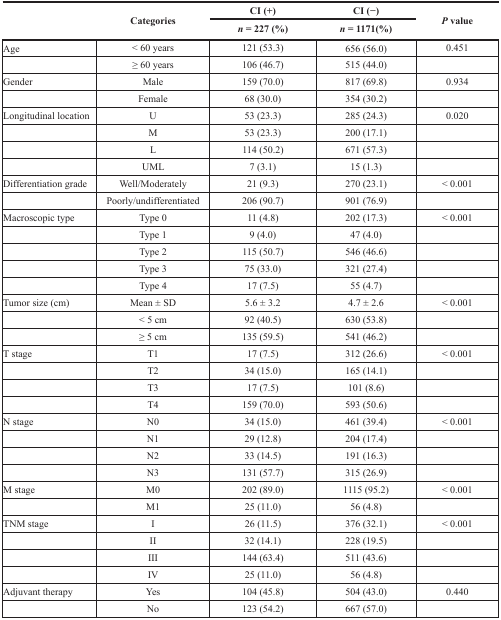
<table><thead><tr><td rowspan="2"></td><td rowspan="2"><b>Categories</b></td><td><b>CI (+)</b></td><td><b>CI (−)</b></td><td rowspan="2"><b><i>P</i> value</b></td></tr><tr><td><b><i>n</i> = 227 (%)</b></td><td><b><i>n</i> = 1171(%)</b></td></tr></thead><tbody><tr><td>Age</td><td>&lt; 60 years</td><td>121 (53.3)</td><td>656 (56.0)</td><td>0.451</td></tr><tr><td></td><td>≥ 60 years</td><td>106 (46.7)</td><td>515 (44.0)</td><td></td></tr><tr><td>Gender</td><td>Male</td><td>159 (70.0)</td><td>817 (69.8)</td><td>0.934</td></tr><tr><td></td><td>Female</td><td>68 (30.0)</td><td>354 (30.2)</td><td></td></tr><tr><td>Longitudinal location</td><td>U</td><td>53 (23.3)</td><td>285 (24.3)</td><td>0.020</td></tr><tr><td></td><td>M</td><td>53 (23.3)</td><td>200 (17.1)</td><td></td></tr><tr><td></td><td>L</td><td>114 (50.2)</td><td>671 (57.3)</td><td></td></tr><tr><td></td><td>UML</td><td>7 (3.1)</td><td>15 (1.3)</td><td></td></tr><tr><td>Differentiation grade</td><td>Well/Moderately</td><td>21 (9.3)</td><td>270 (23.1)</td><td>&lt; 0.001</td></tr><tr><td></td><td>Poorly/undifferentiated</td><td>206 (90.7)</td><td>901 (76.9)</td><td></td></tr><tr><td>Macroscopic type</td><td>Type 0</td><td>11 (4.8)</td><td>202 (17.3)</td><td>&lt; 0.001</td></tr><tr><td></td><td>Type 1</td><td>9 (4.0)</td><td>47 (4.0)</td><td></td></tr><tr><td></td><td>Type 2</td><td>115 (50.7)</td><td>546 (46.6)</td><td></td></tr><tr><td></td><td>Type 3</td><td>75 (33.0)</td><td>321 (27.4)</td><td></td></tr><tr><td></td><td>Type 4</td><td>17 (7.5)</td><td>55 (4.7)</td><td></td></tr><tr><td>Tumor size (cm)</td><td>Mean ± SD</td><td>5.6 ± 3.2</td><td>4.7 ± 2.6</td><td>&lt; 0.001</td></tr><tr><td></td><td>&lt; 5 cm</td><td>92 (40.5)</td><td>630 (53.8)</td><td></td></tr><tr><td></td><td>≥ 5 cm</td><td>135 (59.5)</td><td>541 (46.2)</td><td></td></tr><tr><td>T stage</td><td>T1</td><td>17 (7.5)</td><td>312 (26.6)</td><td>&lt; 0.001</td></tr><tr><td></td><td>T2</td><td>34 (15.0)</td><td>165 (14.1)</td><td></td></tr><tr><td></td><td>T3</td><td>17 (7.5)</td><td>101 (8.6)</td><td></td></tr><tr><td></td><td>T4</td><td>159 (70.0)</td><td>593 (50.6)</td><td></td></tr><tr><td>N stage</td><td>N0</td><td>34 (15.0)</td><td>461 (39.4)</td><td>&lt; 0.001</td></tr><tr><td></td><td>N1</td><td>29 (12.8)</td><td>204 (17.4)</td><td></td></tr><tr><td></td><td>N2</td><td>33 (14.5)</td><td>191 (16.3)</td><td></td></tr><tr><td></td><td>N3</td><td>131 (57.7)</td><td>315 (26.9)</td><td></td></tr><tr><td>M stage</td><td>M0</td><td>202 (89.0)</td><td>1115 (95.2)</td><td>&lt; 0.001</td></tr><tr><td></td><td>M1</td><td>25 (11.0)</td><td>56 (4.8)</td><td></td></tr><tr><td>TNM stage</td><td>I</td><td>26 (11.5)</td><td>376 (32.1)</td><td>&lt; 0.001</td></tr><tr><td></td><td>II</td><td>32 (14.1)</td><td>228 (19.5)</td><td></td></tr><tr><td></td><td>III</td><td>144 (63.4)</td><td>511 (43.6)</td><td></td></tr><tr><td></td><td>IV</td><td>25 (11.0)</td><td>56 (4.8)</td><td></td></tr><tr><td>Adjuvant therapy</td><td>Yes</td><td>104 (45.8)</td><td>504 (43.0)</td><td>0.440</td></tr><tr><td></td><td>No</td><td>123 (54.2)</td><td>667 (57.0)</td><td></td></tr></tbody></table>